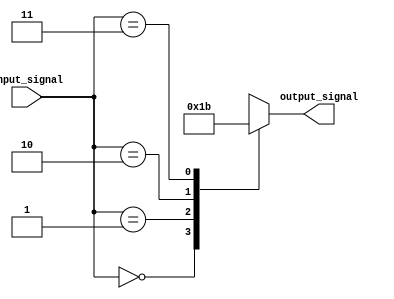
module simple_case_statement (
    input [1:0] input_signal,
    output reg [1:0] output_signal
);

always @* begin
    case(input_signal)
        2'b00: output_signal = 2'b00; // Do something if input_signal is 00
        2'b01: output_signal = 2'b01; // Do something if input_signal is 01
        2'b10: output_signal = 2'b10; // Do something if input_signal is 10
        2'b11: output_signal = 2'b11; // Do something if input_signal is 11
        default: output_signal = 2'b00; // Default case if none of the above conditions are met
    endcase
end

endmodule